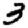
Digit: 3